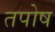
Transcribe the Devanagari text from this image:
तपोष